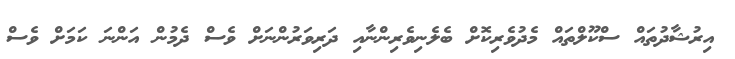
އިރުޝާދުތައް ސްކޫލްތައް މެދުވެރިކޮށް ބެލެނިވެރިންނާއި ދަރިވަރުންނަށް ވެސް ދެމުން އަންނަ ކަމަށް ވެސް